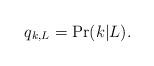
LaTeX: \begin{align*}q_{k, L} = \Pr ( k | L ).\end{align*}